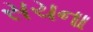
સચના